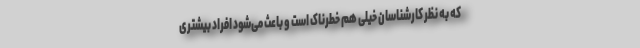
که به نظر کارشناسان خیلی هم خطرناک است و باعث می‌شود افراد بیشتری